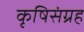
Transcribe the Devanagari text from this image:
कृषिसंग्रह